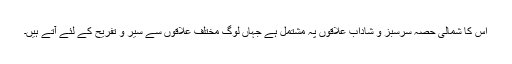
اس کا شمالی حصّہ سرسبز و شاداب علاقوں پہ مشتمل ہے جہاں لوگ مختلف علاقوں سے سیر و تفریح کے لئے آتے ہیں۔